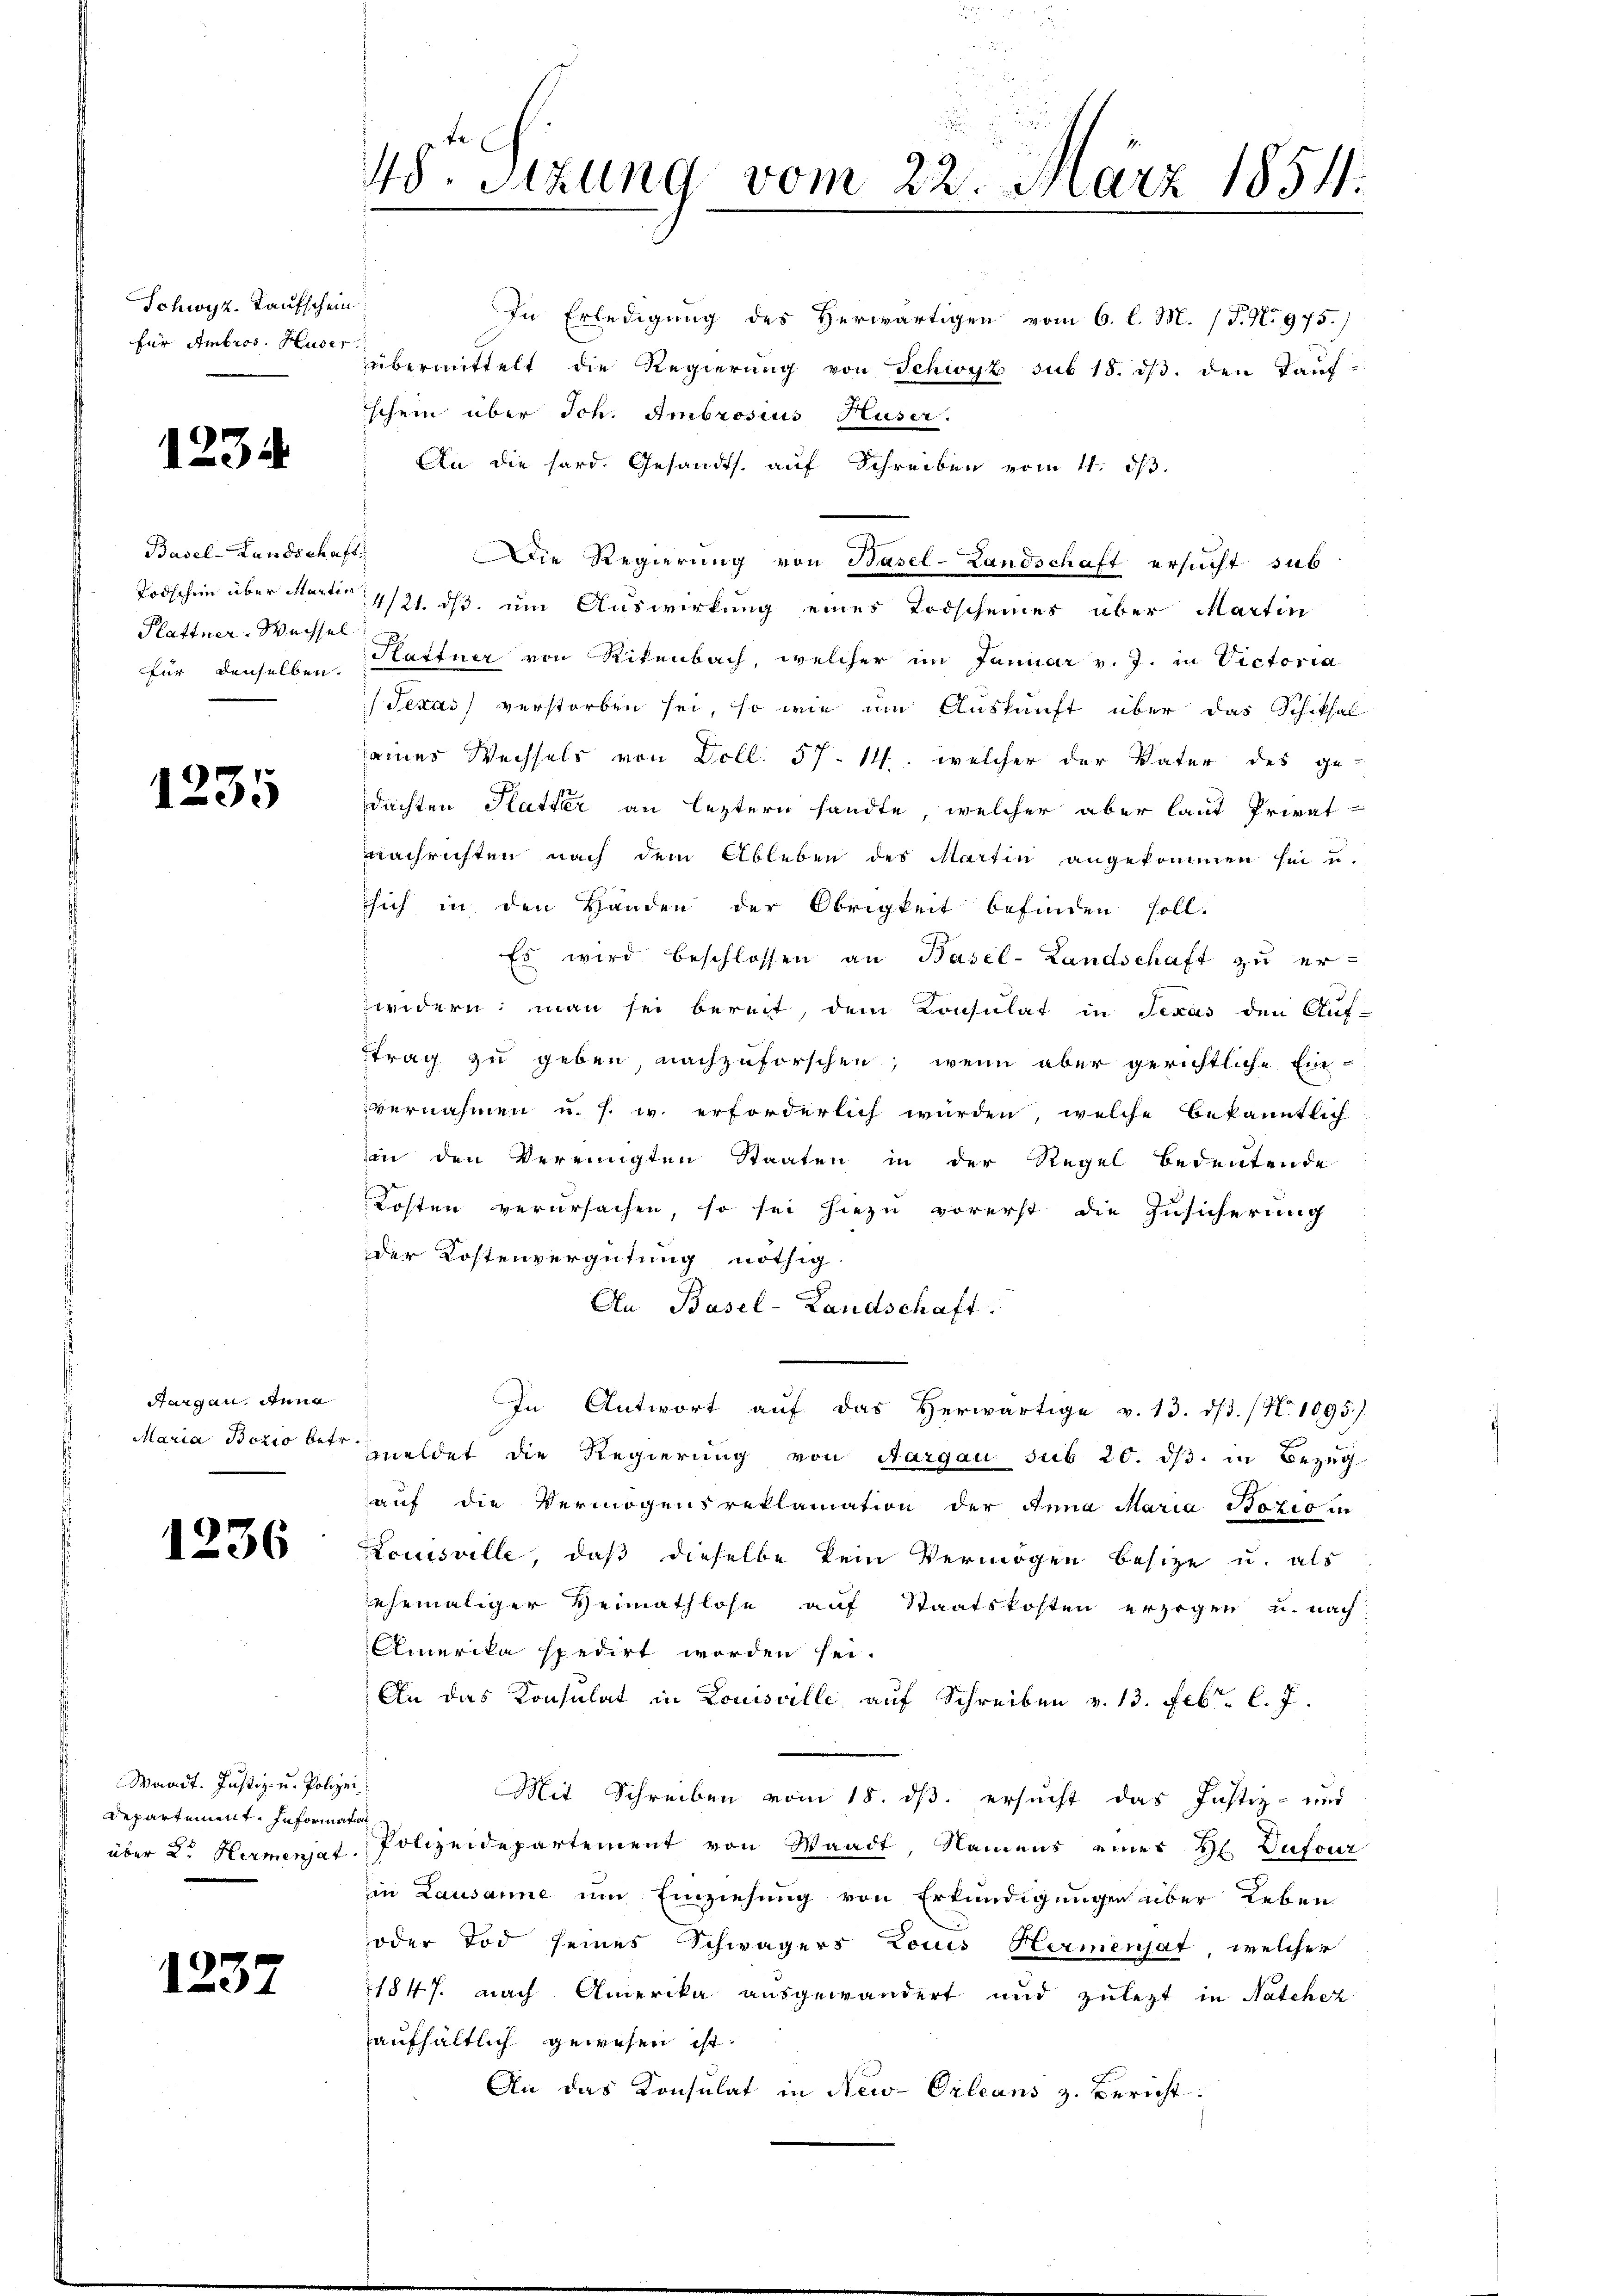
Schwyz. Taufschein
für Ambros. Huser

1234

Basel-Landschaft
Plattner-Wechsel
für denselben.

1235

Aargau, Anna
Maria Bozio betr.

1236

Waadt. Justiz- u. Polizei,
departement. Information
über 2. Hermensat

1237

48. Sizung vom 22. März 1854.
.

schein über Sch. Ambrosius Huser.
An die hard. Gesandts. auf Schreiben vom 4. dβ.
Die Regierung von Basel-Landschaft ersucht sub
Todschein über Martis 1421. ds um Auswirkung eines Todscheines über Martin
Hattner von Rikenbach, welcher im Januar v. J. in Victoria
/Texas verstorben sei, so wie um Auskunft über das Schiksal
seines Wechsels von Doll. 57. 1. welcher der Vater des ge-
dachten Platter an leztern sandte, welcher aber laut Privat
nachrichten nach dem Ableben des Martin angekommen sei u.
sich in den Handen der Obrigkeit befinden soll.
Es wird beschlossen an Basel-Landschaft zu erwidern: man sei bereit, dem Konsulat in Texas den Auf-
trag zu geben nachzuforschen, wenn aber gerichtliche Ein-
vernahmen u. s. w. erforderlich würden, welche bekanntlich
an den Vereinigten Staaten in der Regel bedeutende
Kosten verursachen, so sei hiezu vorerst die Zusicherung
der Kostenvergütung nöthig
An Basel-Landschaft.
In Antwort aŭf das herwärtige v. 13. dβ. / N. 1095.)
meldet die Regierung von Aargau sub 20. ds. in Bezug
auf die Vermögensreklamation der Anna Maria Bozio in
Kouisville, daß dieselbe kein Vermögen besitze u. als
ehemaliger Heimathlose auf Staatskosten erzogen u. nach
Amerika spedirt worden sei.
An das Konsulat in Louisville, auf Schreiben v. 13. Febr. l. J.
Mit Schreiben vom 18. ds. ersucht das Justiz- und
Polizeidepartement von Waadt, Namens einer H Dufour
in Lausanne um Einziehung von Erkundigungen über Leben
oder Tod seines Schwägers Louis Hermenjat, welcher
1847. nach Amerika ausgewandert und zulezt in Natchez
aufhältlich gewesen ist.
An das Konsulat in New-Orleans z. Bericht

In Erledigung des Herwärtigen vom 6. l. M. (T. No. 975.)
übermittelt die Regierung von Schwyz sub 18. dβ. den Tauf-